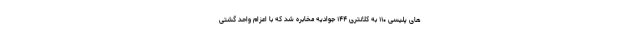
های پلیسی ۱۱۰ به کلانتری ۱۴۴ جوادیه مخابره شد که با اعزام واحد گشتی